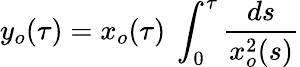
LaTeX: y_{o}(\tau)=x_{o}(\tau)\ \int_{0}^{\tau}{\frac{ds}{x_{o}^{2}(s)}}